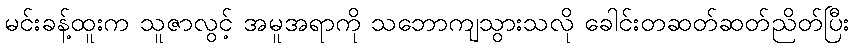
မင်းခန့်ထူးက သူဇာလွင့် အမူအရာကို သဘောကျသွားသလို ခေါင်းတဆတ်ဆတ်ညိတ်ပြီး